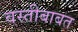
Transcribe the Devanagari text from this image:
वस्तीबाबत